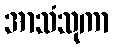
အာသံသုကာ